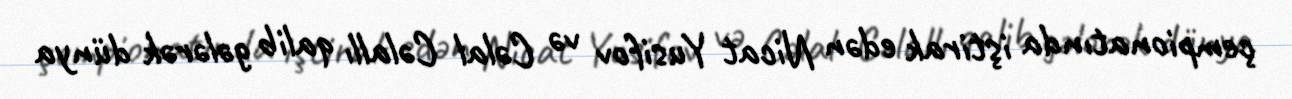
çempionatında iştirak edən Nicat Yusifov və Cəlal Cəlallı qalib gələrək dünya